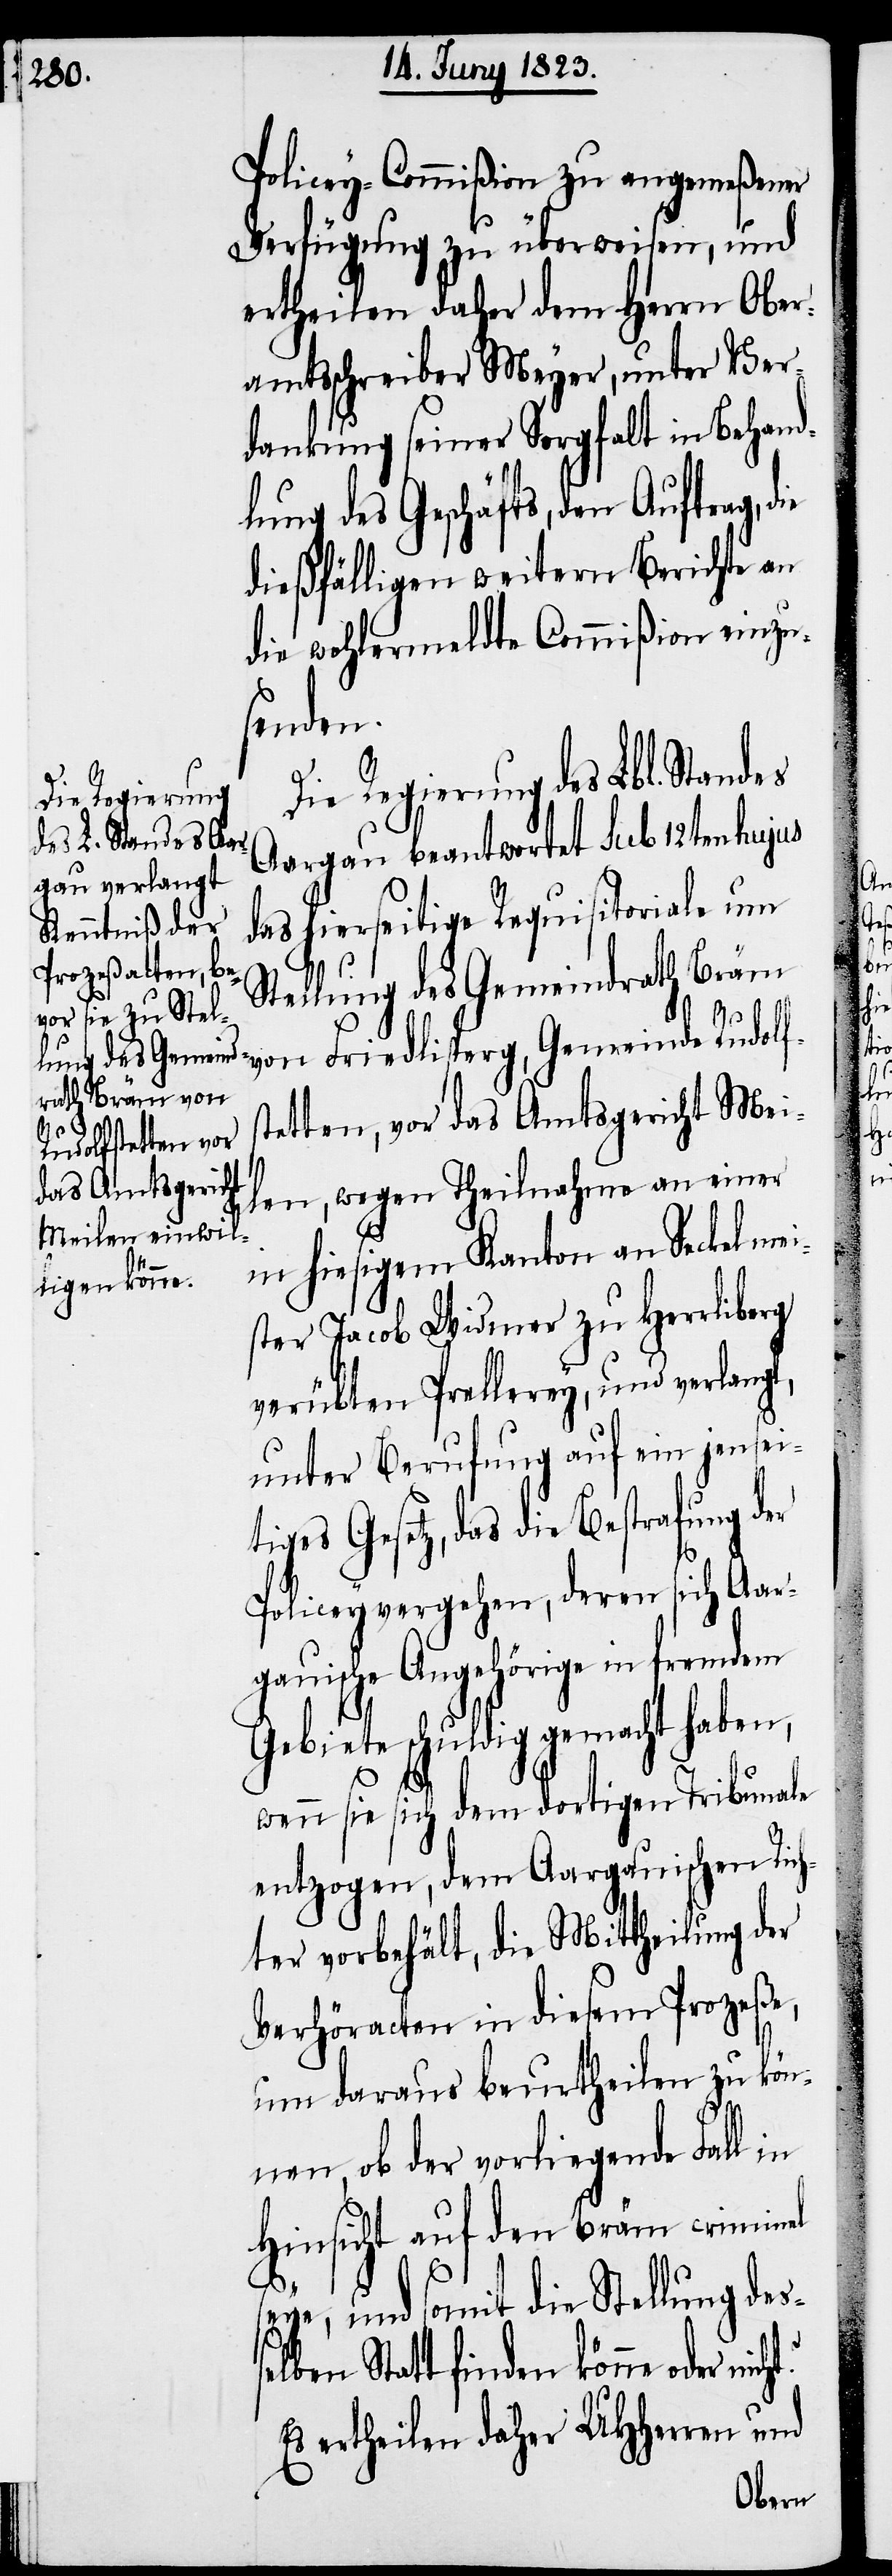
Policey-Commißion zu angemeßener
Verfügung zu überweisen, und
ertheilen daher dem Herrn Ober¬
amtsschreiber Meyer, unter Ver¬
dankung seiner Sorgfalt in Behand¬
lung des Geschäfts, den Auftrag, d¬
dießfälligen weitern Berichte an
die wohlermeldte Commißion einzu¬
senden.
Die Regierung des Lbl. Standes
Aargau beantwortet sub 12ten hujus
das hierseitige Requisitoriale um
Stellung des Gemeindrath Bräm
von Friedlisperg, Gemeinde Rudolf¬
tetten, vor das Amtsgericht Mei¬
len, wegen Theilnahme an einer
in hiesigem Kanton an Seckelmei¬
ster Jacob Widmer zu Herrliberg
verübten Prellerey, und verlangt,
unter Berufung auf ein jensei¬
tiges Gesetz, das die Bestrafung der
Policeyvergehen, deren sich Aar¬
gauische Angehörige in fremdem
Gebiete schuldig gemacht haben,
wenn sie sich dem dortigen Tribunale
entzogen, dem Aargauischen Rich¬
ter vorbehält, die Mittheilung der
Verhöracten in diesem Prozeße,
um daraus beurtheilen zu kön¬
nen, ob der vorliegende Fall
Hinsicht auf den Bräm criminel
seye, und somit die Stellung deß¬
elben Statt finden könne, oder
Es ertheilen daher UHHerren und

s¬